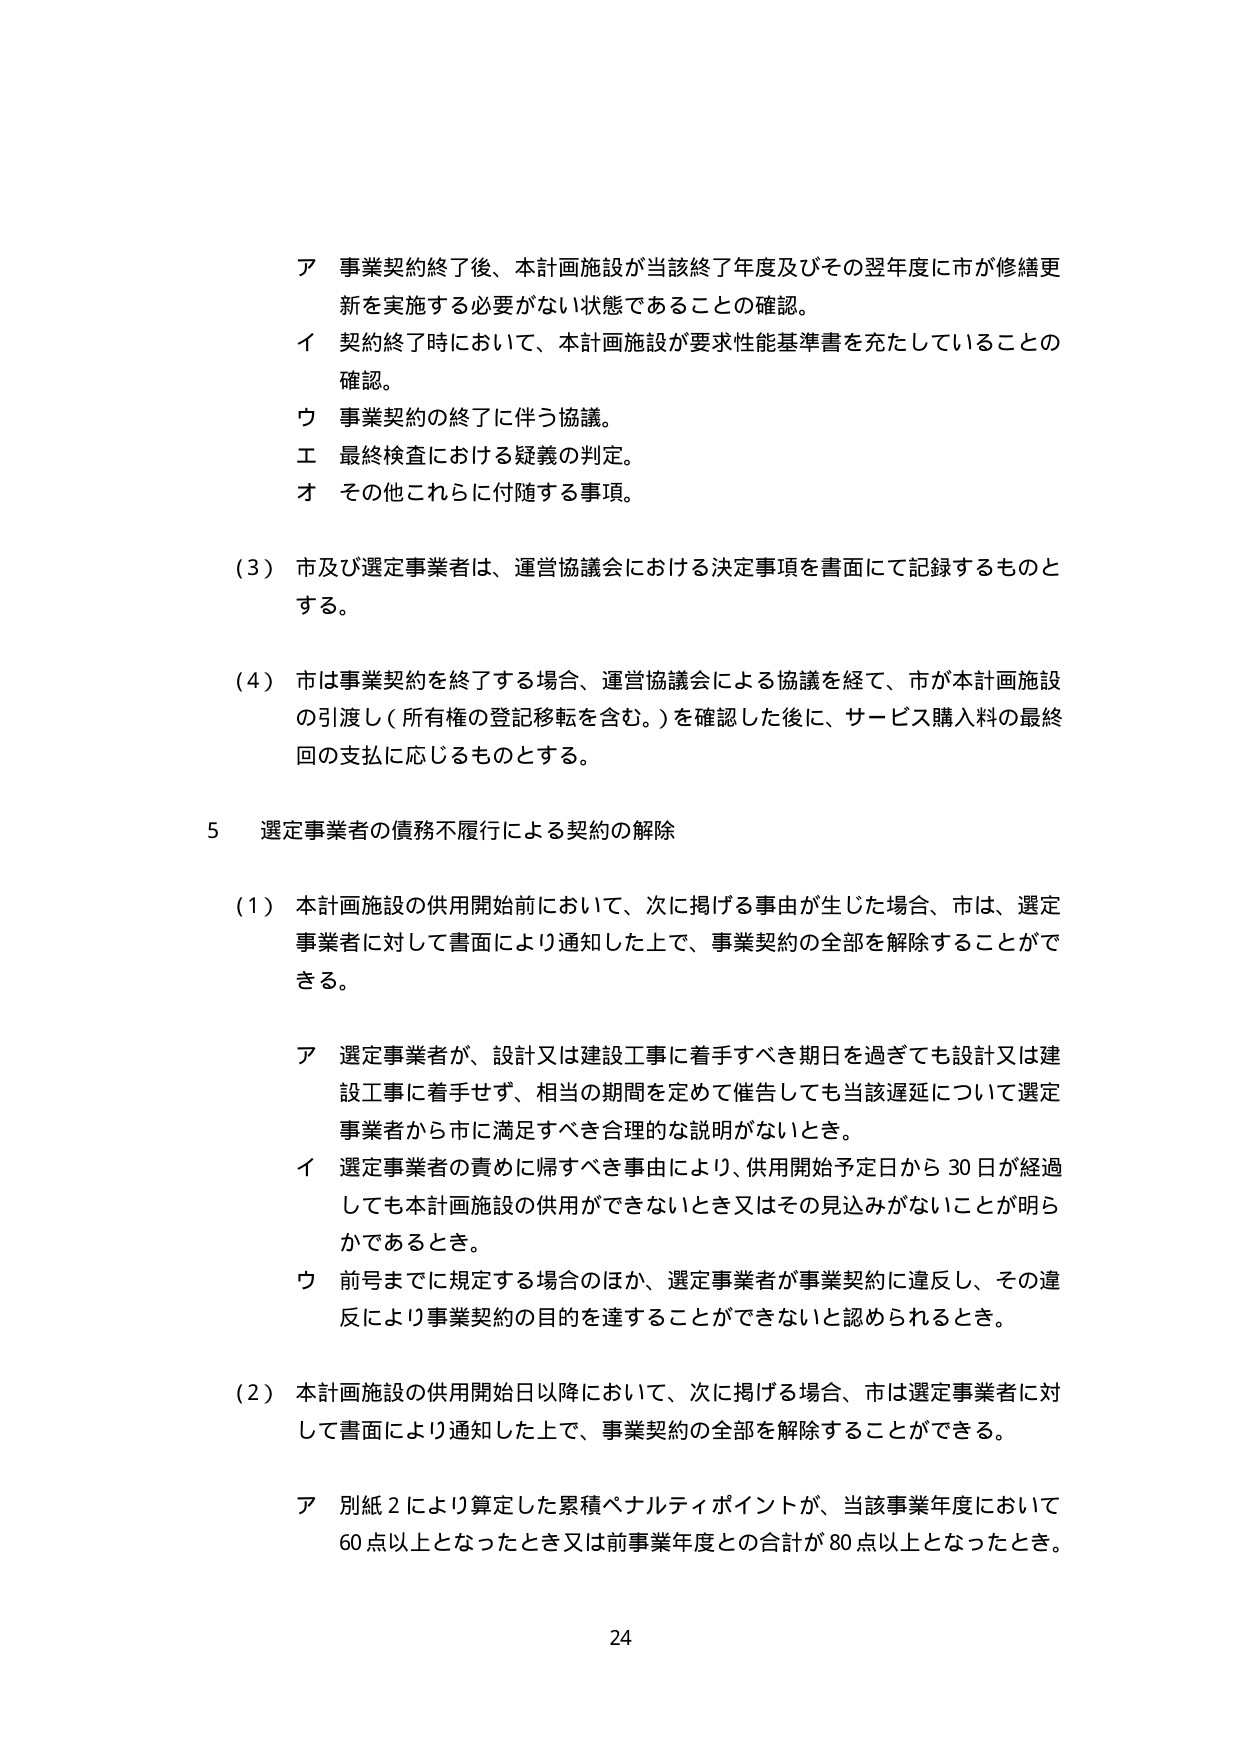
ア 事業契約終了後、本計画施設が当該終了年度及びその翌年度に市が修繕更新を実施する必要がない状態であることの確認。
イ 契約終了時において、本計画施設が要求性能基準書を充たしていることの確認。
ウ 事業契約の終了に伴う協議。
エ 最終検査における疑義の判定。
オ その他これらに付随する事項。

（3）市及び選定事業者は、運営協議会における決定事項を書面にて記録するものとする。

（4）市は事業契約を終了する場合、運営協議会による協議を経て、市が本計画施設の引渡し（所有権の登記移転を含む。）を確認した後に、サービス購入料の最終回の支払に応じるものとする。

5 選定事業者の債務不履行による契約の解除

（1）本計画施設の供用開始前において、次に掲げる事由が生じた場合、市は、選定事業者に対して書面により通知した上で、事業契約の全部を解除することができる。

ア 選定事業者が、設計又は建設工事に着手すべき期日を過ぎても設計又は建設工事に着手せず、相当の期間を定めて催告しても当該遅延について選定事業者から市に満足すべき合理的な説明がないとき。
イ 選定事業者の責めに帰すべき事由により、供用開始予定日から30日が経過しても本計画施設の供用ができないとき又はその見込みがないことが明らかであるとき。
ウ 前号までに規定する場合のほか、選定事業者が事業契約に違反し、その違反により事業契約の目的を達することができないと認められるとき。

（2）本計画施設の供用開始日以降において、次に掲げる場合、市は選定事業者に対して書面により通知した上で、事業契約の全部を解除することができる。

ア 別紙2により算定した累積ペナルティポイントが、当該事業年度において60点以上となったとき又は前事業年度との合計が80点以上となったとき。

24